Calcutta medical institutions reports 1871-78
Year: 1871
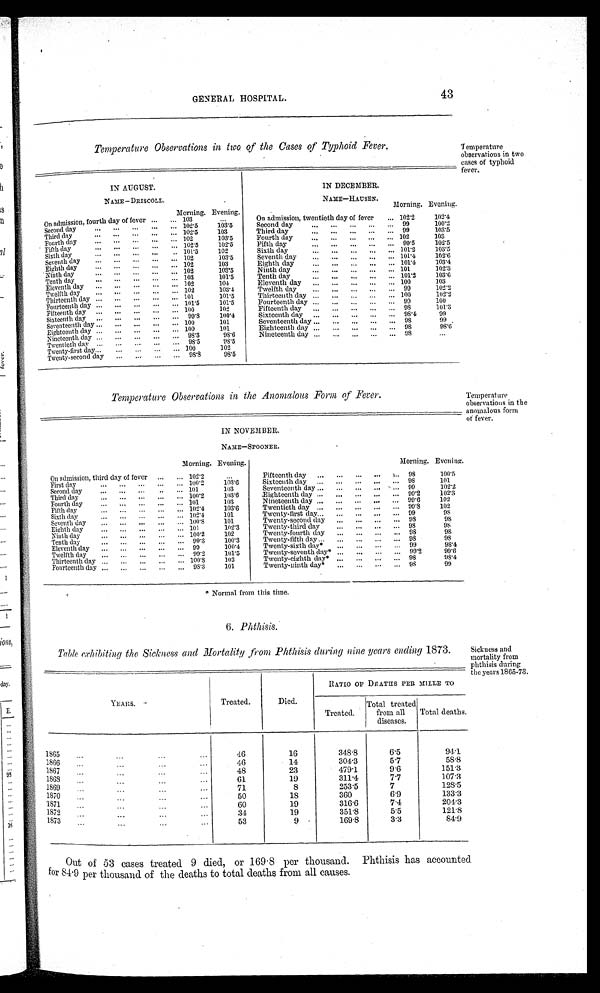
GENERAL HOSPITAL.
43
Temperature Observations in two of the Cases of Typhoid Fever.
IN AUGUST.
IN DECEMBER.
NAME— DRISCOLL.
NAME—HAUSEN.
Morning. Evening.
Morning. Evening.
On admission, fourth day of fever
103
...
On admission, twentieth day of fever
102.2
102.4
Second day
1 0 2 . 5
103.5
Second day
9 9
100.2
Third day
102.5
103
Third day
9 9
103.5
Fourth day
102
103.5
Fourth day
1 0 2
103
Fifth day
102.5
102.5
Fifth day
9 9 . 5
102.5
Sixth day
101.5
102
Sixth day
101.2
103.5
Seventh day
1 0 2 103.5
Seventh day
101.4
102.6
Eighth day
102
103
Eighth day
101.4
103.4
Ninth day
1 0 2 103.5
Ninth day
101
102.3
Tenth day
1 0 3 101.5
Tenth day
1 0 1 . 2
103.6
Eleventh day
102
104
Eleventh day
100
103
Twelfth day
102
103.4
Twelfth day
99
102.2
Thirteenth day
101
1 0 1 . 5
Thirteenth day
100
102.2
Fourteenth day
101.5
101.5
Fourteenth day
o9
100
Fifteenth day
100
102
Fifteenth day
9 8
101.3
Sixteenth day
99.8
100.4
Sixteenth day
98.4
99
Seventeenth day
100
101
Seventeenth day
9 8
99
Eighteenth day
100
101
Eighteenth day
98
98.6
Nineteenth day
9 8 . 3
9 8 . 6
Nineteenth day
9 8
...
Twentieth day
98.5
98.5
Twenty-first day
100
102
Twenty-second day
98.8
98.5
Temperature
observations in two
cases of typhoid
fever.
Temperature Observations in the Anomalous Form of Fever.
IN NOVEMBER.
NAME—SPOONER.
Temperature
observations in the
anomalous form
of fever.
Morning. Evening.
Morning. Evening.
On admission, third day of fever
102.2
Fifteenth day
98
100.5
First day
100.2
1.03.6
Sixteenth day
9 8 101
Second day
101
103
Seventeenth day
9 9
102.2
Third day
100 2
103.6
Eighteenth day
99.2
102.3
Fourth day
101
103
Nineteenth day
99.6
102
Fifth day
102.4
103.6
Twentieth day
90.8
102
Sixth day
1 0 2 . 4 101
Twenty-first day
99
98
Seventh day
100.8
101
Twenty-second day
98
98
Eighth day
101
102.3
Twenty-third day
98
98
Ninth day
1 0 0 . 2 102
Twenty-fourth d ay
9 8
98
Tenth day
99.3
100.3
Twenty-fifths day
98
98
Eleventh day
99
100.4
Twenty-sixth day*...
99
98.4
Twelfth day
99.2
101.5
Twenty-seventh day*
99.2
99.6
Thirteenth d ay
100.8
102
Twenty-eighth day*
98
98.4
Fourteenth day
98.3
101
Twenty-ninth day*
98
99
* Normal from this time.
6. Phthisis.
Table exhibiting the Sickness and Mortality from Phthisis during nine years ending 1873.
YEARS.
Treated.
Died.
R A T I O O F D E A T H S P E R M I L L E T o
Treated.
Total treated
from all
diseases.
Total deaths.
1865
46
16
348.8
6.5
94.1
1866
46
14
304.3
5.7
58.8
1867
48
23
479.1
9.6
151.3
1968
61
19
311.4
7.7
107.3
1869
71
8
253.5
7
12S-5
1870
50
18
360
6.9
133.3
1871
60
19
316.6
7.4
204.3
1872
3 4
19
351.8
5.5
121.8
1873
53
9
169.8
3.3
84.9
Sickness and
mortality from
phthisis during
the years 1865-73.
Out of 53 cases treated 9 died, or 169.8 per thousand. Phthisis has accounted
for 84 . 9 per thousand of the deaths to total deaths from all causes.